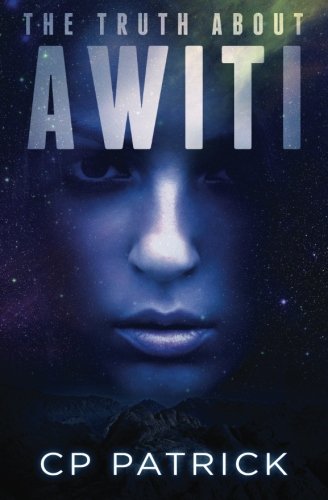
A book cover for The Truth About Awiti; CP Patrick; Literature & Fiction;